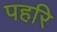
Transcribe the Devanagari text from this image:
पहरि